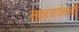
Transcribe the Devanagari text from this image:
साहचर्यवादी